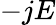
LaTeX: -jE